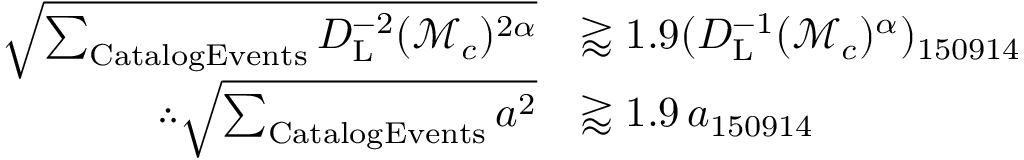
\begin{array} { r l } { \sqrt { \sum _ { \mathrm { { C a t a l o g E v e n t s } } } D _ { \mathrm { L } } ^ { - 2 } ( \mathcal { M } _ { c } ) ^ { 2 \alpha } } } & { \gtrapprox 1 . 9 ( D _ { \mathrm { { L } } } ^ { - 1 } ( \mathcal { M } _ { c } ) ^ { \alpha } ) _ { 1 5 0 9 1 4 } } \\ { \therefore \sqrt { \sum _ { \mathrm { C a t a l o g E v e n t s } } a ^ { 2 } } } & { \gtrapprox 1 . 9 \, a _ { 1 5 0 9 1 4 } } \end{array}